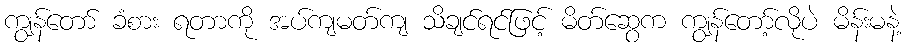
ကျွန်တော် ခံစား ရတာကို အပ်ကျမတ်ကျ သိချင်ရင်ဖြင့် မိတ်ဆွေက ကျွန်တော့်လိုပဲ မိန်းမနဲ့